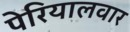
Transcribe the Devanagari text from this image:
पेरियालवार